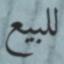
للبيع